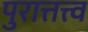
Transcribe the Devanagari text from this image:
पुरात्तत्त्व